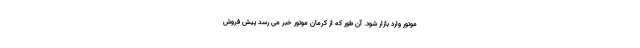
موتور وارد بازار شود. آن طور که از کرمان موتور خبر می رسد پیش فروش